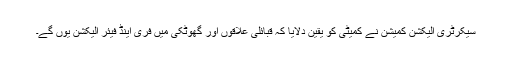
سیکرٹری الیکشن کمیشن نے کمیٹی کو یقین دلایا کہ قبائلی علاقوں اور گھوٹکی میں فری اینڈ فیئر الیکشن یوں گے۔